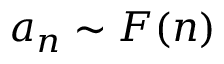
a _ { n } \sim F ( n )